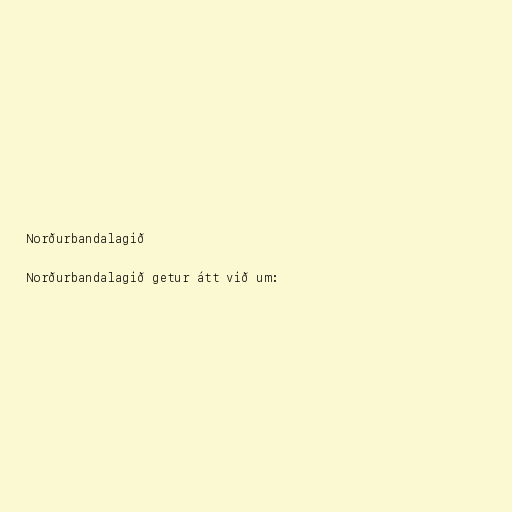
Norðurbandalagið

Norðurbandalagið getur átt við um: